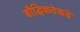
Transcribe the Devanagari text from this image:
बौद्धिकतेकडे